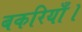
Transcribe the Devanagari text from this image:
बकरियाँ।